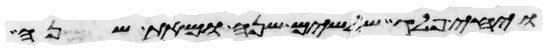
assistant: ויחי פלג שלשים שנה ומאת שנה